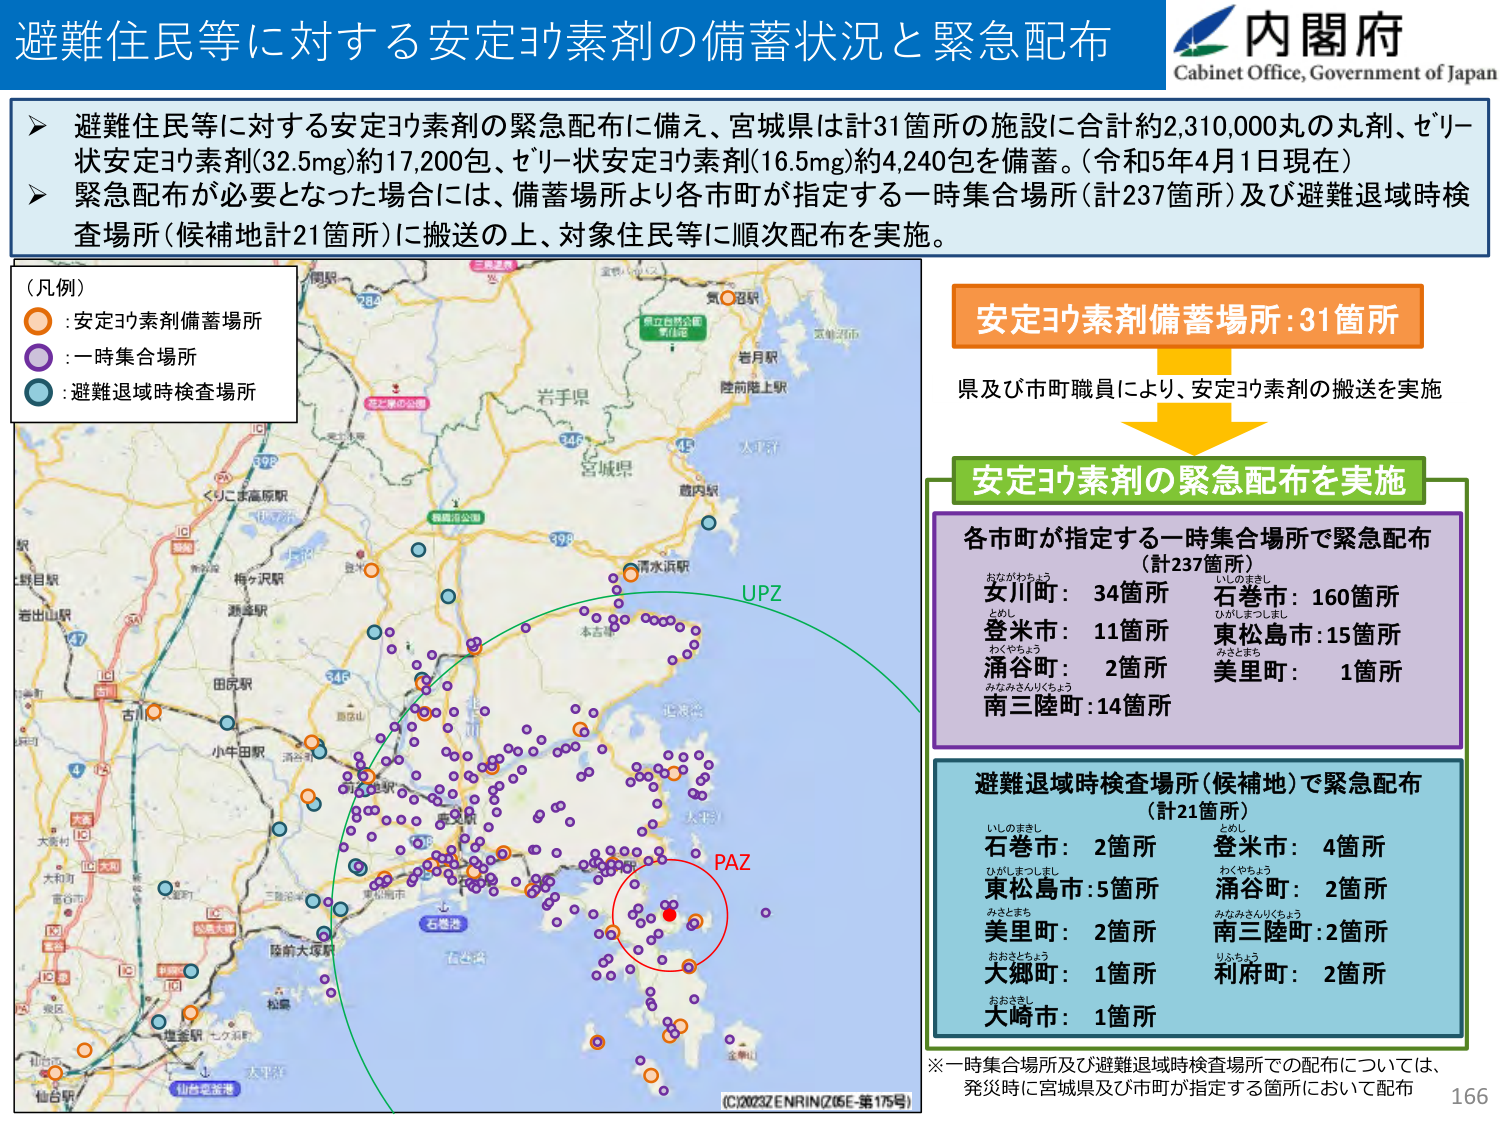
避難住民等に対する安定ヨウ素剤の備蓄状況と緊急配布

内閣府
Cabinet Office, Government of Japan

➤ 避難住民等に対する安定ヨウ素剤の緊急配布に備え、宮城県は計31箇所の施設に合計約2,310,000丸の丸剤、ゼリー状安定ヨウ素剤(32.5mg)約17,200包、ゼリー状安定ヨウ素剤(16.5mg)約4,240包を備蓄。（令和5年4月1日現在）
➤ 緊急配布が必要となった場合には、備蓄場所より各市町が指定する一時集合場所（計237箇所）及び避難退域時検査場所（候補地計21箇所）に搬送の上、対象住民等に順次配布を実施。

（凡例）
○：安定ヨウ素剤備蓄場所
●：一時集合場所
●：避難退域時検査場所

安定ヨウ素剤備蓄場所：31箇所
県及び市町職員により、安定ヨウ素剤の搬送を実施

安定ヨウ素剤の緊急配布を実施

各市町が指定する一時集合場所で緊急配布
（計237箇所）
女川町：34箇所
登米市：11箇所
涌谷町：2箇所
南三陸町：14箇所
石巻市：160箇所
東松島市：15箇所
美里町：1箇所

避難退域時検査場所（候補地）で緊急配布
（計21箇所）
石巻市：2箇所
東松島市：5箇所
美里町：2箇所
大郷町：1箇所
大崎市：1箇所
登米市：4箇所
涌谷町：2箇所
南三陸町：2箇所
利府町：2箇所

※一時集合場所及び避難退域時検査場所での配布については、
発災時に宮城県及び市町が指定する箇所において配布

UPZ
PAZ

(C)2023Z ENRIN Z (05E-第175号)
166